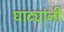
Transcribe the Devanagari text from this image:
घाट्यांनी